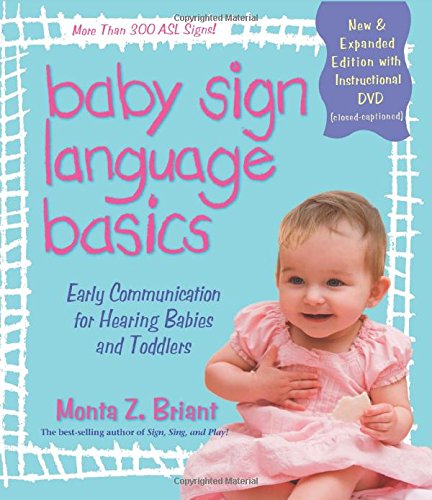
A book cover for Baby Sign Language Basics: Early Communication for Hearing Babies and Toddlers, New & Expanded Edition PLUS DVD!; Monta Z. Briant; Health, Fitness & Dieting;